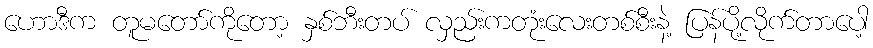
ဟောဒီက တူမတော်ကိုတော့ နှစ်ဘီးတပ် လှည်းကတုံးလေးတစ်စီးနဲ့ ပြန်ပို့လိုက်တာပေါ့